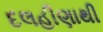
દલહીણાથી